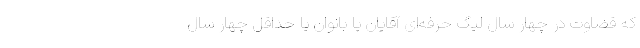
که قضاوت در چهار سال لیگ حرفه‌ای آقایان یا بانوان یا حداقل چهار سال